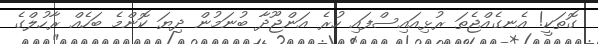
ގޮތަކީ! އެނގެއްޖެތަ ރުޅިއައިސްފައި ހުރެ އަންޖޫދާ ބުނަމުން ދިޔަ ކޮންމެ ބަހެއް ރާހުލްގެ